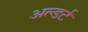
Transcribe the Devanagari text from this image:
अल्डर्ट